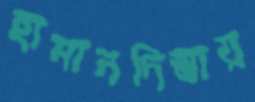
হামানদিস্তায়